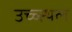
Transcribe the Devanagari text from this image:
उच्च्स्थल